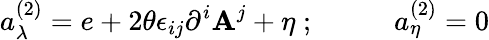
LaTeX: a_{\lambda}^{(2)}=e+2\theta\epsilon_{ij}\partial^{i}\mathbf{A}^{j}+\eta\; ;\; \; \; \; \; \; \; \; \; \; a_{\eta}^{(2)}=0